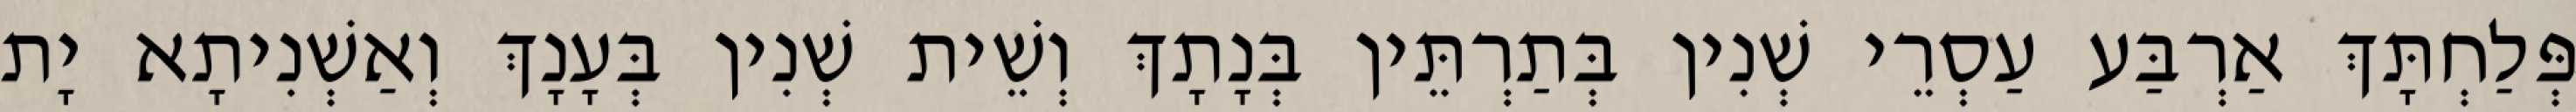
פְּלַחְתָּךְ אַרְבַּע עַסְרֵי שְׁנִין בְּתַרְתֵּין בְּנָתָךְ וְשֵׁית שְׁנִין בְּעָנָךְ וְאַשְׁנִיתָא יָת